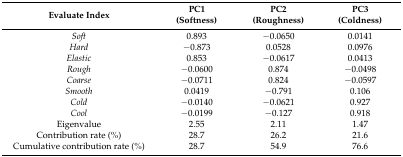
<table><thead><tr><td><b>Evaluate Index</b></td><td><b>PC1(Softness)</b></td><td><b>PC2(Roughness)</b></td><td><b>PC3(Coldness)</b></td></tr></thead><tbody><tr><td><i>Soft</i></td><td>0.893</td><td>−0.0650</td><td>0.0141</td></tr><tr><td><i>Hard</i></td><td>−0.873</td><td>0.0528</td><td>0.0976</td></tr><tr><td><i>Elastic</i></td><td>0.853</td><td>−0.0617</td><td>0.0413</td></tr><tr><td><i>Rough</i></td><td>−0.0600</td><td>0.874</td><td>−0.0498</td></tr><tr><td><i>Coarse</i></td><td>−0.0711</td><td>0.824</td><td>−0.0597</td></tr><tr><td><i>Smooth</i></td><td>0.0419</td><td>−0.791</td><td>0.106</td></tr><tr><td><i>Cold</i></td><td>−0.0140</td><td>−0.0621</td><td>0.927</td></tr><tr><td><i>Cool</i></td><td>−0.0199</td><td>−0.127</td><td>0.918</td></tr><tr><td>Eigenvalue</td><td>2.55</td><td>2.11</td><td>1.47</td></tr><tr><td>Contribution rate (%)</td><td>28.7</td><td>26.2</td><td>21.6</td></tr><tr><td>Cumulative contribution rate (%)</td><td>28.7</td><td>54.9</td><td>76.6</td></tr></tbody></table>